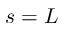
s = L